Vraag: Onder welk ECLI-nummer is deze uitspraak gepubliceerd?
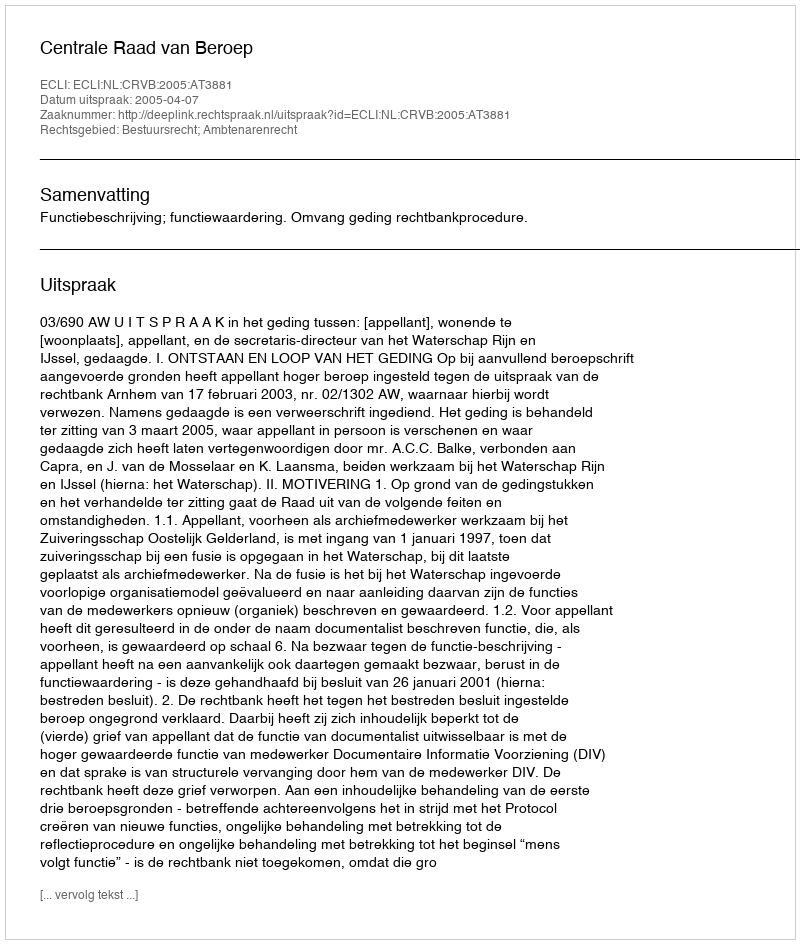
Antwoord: ECLI:NL:CRVB:2005:AT3881